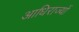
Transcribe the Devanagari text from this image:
आधिराज्यों